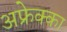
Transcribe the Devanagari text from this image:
अफ्रेक्का